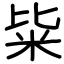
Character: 粊